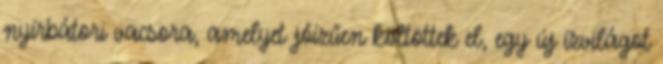
nyírbátori vacsora, amelyet jóízűen költöttek el, egy új ízvilágot